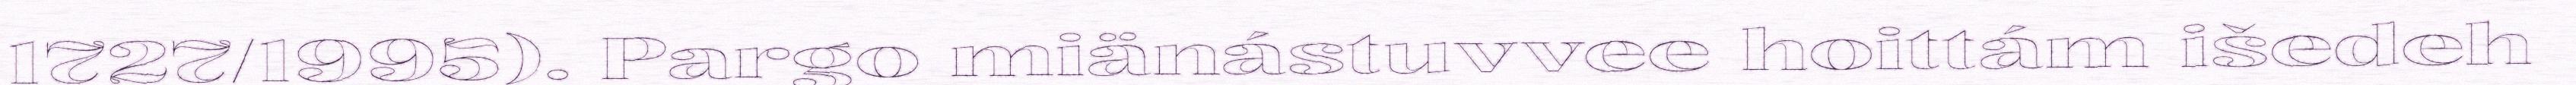
1727/1995). Pargo miänástuvvee hoittám išedeh